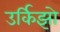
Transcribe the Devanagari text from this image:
उर्किझो